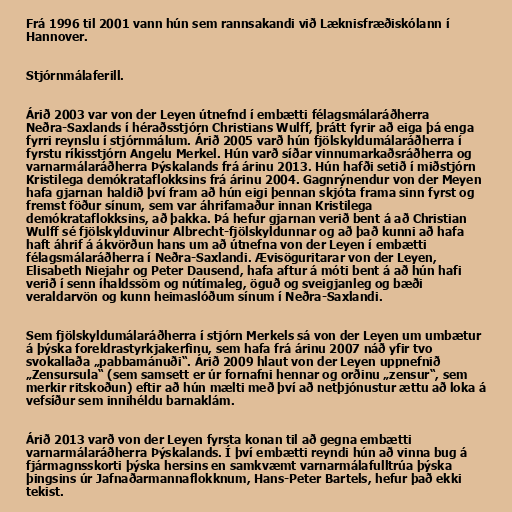
Frá 1996 til 2001 vann hún sem rannsakandi við Læknisfræðiskólann í
Hannover.

Stjórnmálaferill.

Árið 2003 var von der Leyen útnefnd í embætti félagsmálaráðherra
Neðra-Saxlands í héraðsstjórn Christians Wulff, þrátt fyrir að eiga þá enga
fyrri reynslu í stjórnmálum. Árið 2005 varð hún fjölskyldumálaráðherra í
fyrstu ríkisstjórn Angelu Merkel. Hún varð síðar vinnumarkaðsráðherra og
varnarmálaráðherra Þýskalands frá árinu 2013. Hún hafði setið í miðstjórn
Kristilega demókrataflokksins frá árinu 2004. Gagnrýnendur von der Meyen
hafa gjarnan haldið því fram að hún eigi þennan skjóta frama sinn fyrst og
fremst föður sínum, sem var áhrifamaður innan Kristilega
demókrataflokksins, að þakka. Þá hefur gjarnan verið bent á að Christian
Wulff sé fjölskylduvinur Albrecht-fjölskyldunnar og að það kunni að hafa
haft áhrif á ákvörðun hans um að útnefna von der Leyen í embætti
félagsmálaráðherra í Neðra-Saxlandi. Ævisöguritarar von der Leyen,
Elisabeth Niejahr og Peter Dausend, hafa aftur á móti bent á að hún hafi
verið í senn íhaldssöm og nútímaleg, öguð og sveigjanleg og bæði
veraldarvön og kunn heimaslóðum sínum í Neðra-Saxlandi.

Sem fjölskyldumálaráðherra í stjórn Merkels sá von der Leyen um umbætur
á þýska foreldrastyrkjakerfinu, sem hafa frá árinu 2007 náð yfir tvo
svokallaða „pabbamánuði“. Árið 2009 hlaut von der Leyen uppnefnið
„Zensursula“ (sem samsett er úr fornafni hennar og orðinu „zensur“, sem
merkir ritskoðun) eftir að hún mælti með því að netþjónustur ættu að loka á
vefsíður sem innihéldu barnaklám.

Árið 2013 varð von der Leyen fyrsta konan til að gegna embætti
varnarmálaráðherra Þýskalands. Í því embætti reyndi hún að vinna bug á
fjármagnsskorti þýska hersins en samkvæmt varnarmálafulltrúa þýska
þingsins úr Jafnaðarmannaflokknum, Hans-Peter Bartels, hefur það ekki
tekist.